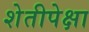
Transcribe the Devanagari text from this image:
शेतीपेक्षा